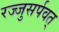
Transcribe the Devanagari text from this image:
रज्जुसर्पवत्‌